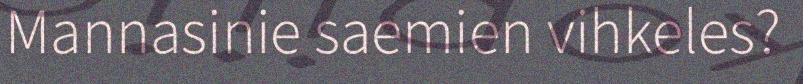
Mannasinie saemien vihkeles?